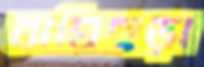
বাঘিছড়া